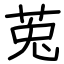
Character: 莵